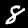
Label: 8